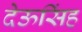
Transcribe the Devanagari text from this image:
देऊसिंह